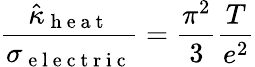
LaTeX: \frac{\hat{\kappa}_{\mathrm{~h~e~a~t~}}}{\sigma_{\mathrm{~e~l~e~c~t~r~i~c~}}}=\frac{\pi^{2}}{3}\frac{T}{e^{2}}